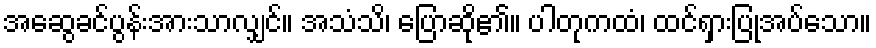
အဆွေခင်ပွန်းအားသာလျှင်။ အသံသိ၊ ပြောဆို၏။ ပါတုကထံ၊ ထင်ရှားပြုအပ်သော။